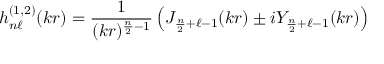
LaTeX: h _ { n \ell } ^ { ( 1 , 2 ) } ( k r ) = \frac { 1 } { ( k r ) ^ { \frac { n } { 2 } - 1 } } \left( J _ { \frac { n } { 2 } + \ell - 1 } ( k r ) \pm i Y _ { \frac { n } { 2 } + \ell - 1 } ( k r ) \right)